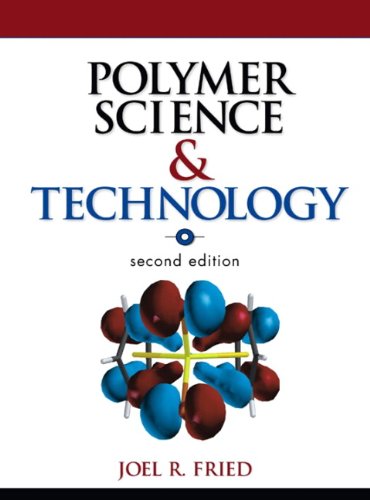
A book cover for Polymer Science and Technology (2nd Edition); Joel R. Fried; Science & Math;